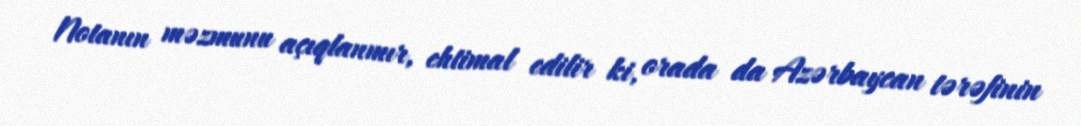
Notanın məzmunu açıqlanmır, ehtimal edilir ki, orada da Azərbaycan tərəfinin